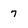
Character: 7